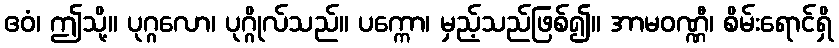
ဧဝံ၊ ဤသို့။ ပုဂ္ဂလော၊ ပုဂ္ဂိုလ်သည်။ ပက္ကော၊ မှည့်သည်ဖြစ်၍။ အာမဝဏ္ဏီ၊ စိမ်းရောင်ရှိ